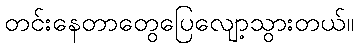
တင်းနေတာတွေပြေလျော့သွားတယ်။